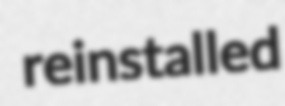
reinstalled